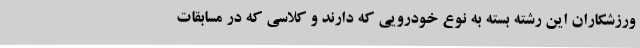
ورزشکاران این رشته بسته به نوع خودرویی که دارند و کلاسی که در مسابقات